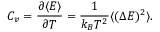
C _ { v } = { \frac { \partial \langle E \rangle } { \partial T } } = { \frac { 1 } { k _ { B } T ^ { 2 } } } \langle ( \Delta E ) ^ { 2 } \rangle .